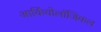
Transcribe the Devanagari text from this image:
आर्कियोलॉजिकल